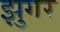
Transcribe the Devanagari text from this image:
झुगर